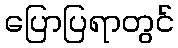
ပြောပြရာတွင်